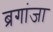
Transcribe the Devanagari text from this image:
ब्रगांजा